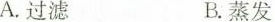
A.过滤 B.蒸发